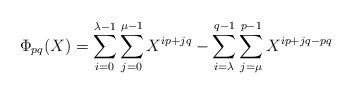
LaTeX: \begin{align*} \Phi_{pq}(X) = \sum_{i=0}^{\lambda - 1} \sum_{j=0}^{\mu -1} X^{ip+jq} - \sum_{i=\lambda}^{q-1}\sum_{j=\mu}^{p-1} X^{ip+jq-pq}\end{align*}